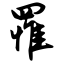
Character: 罹